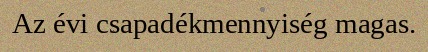
Az évi csapadékmennyiség magas.